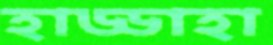
হাড্ডাহা